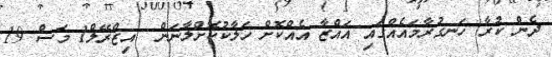
ދެން ކުރާ ހަނގުރާމައެއްގައި ޣައްޒާ އެއްކޮށް ހަލާކުކޮށްލާނަން  އިޒްރޭލް1 މަސް 19